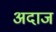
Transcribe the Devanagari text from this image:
अदाज